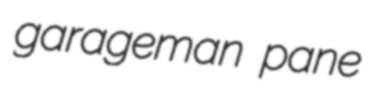
garageman pane